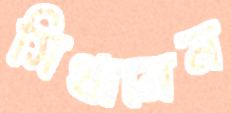
সিথানেন